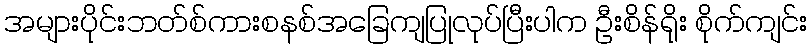
အများပိုင်းဘတ်စ်ကားစနစ်အခြေကျပြုလုပ်ပြီးပါက ဦးစိန်ရိုး စိုက်ကျင်း